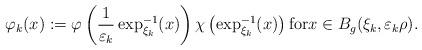
LaTeX: \begin{align*}\varphi_{k}(x):=\varphi\left( \frac{1}{\varepsilon_{k}}\exp_{\xi_{k}}^{-1}(x)\right) \chi\left( \exp_{\xi_{k}}^{-1}(x)\right) \text{for}x\in B_{g}(\xi_{k},\varepsilon_{k}\rho).\end{align*}